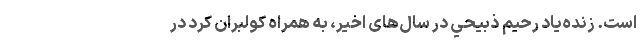
است. زنده‌یاد رحيم ذبيحي در سال‌های اخیر، به همراه کولبران کُرد در